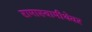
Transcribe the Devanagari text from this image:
रामास्वामीथेवर